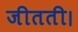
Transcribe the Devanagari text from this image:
जीतती।